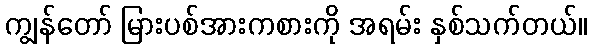
ကျွန်တော် မြားပစ်အားကစားကို အရမ်း နှစ်သက်တယ်။